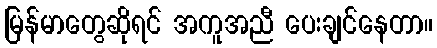
မြန်မာတွေဆိုရင် အကူအညီ ပေးချင်နေတာ။